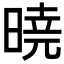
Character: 𣉊